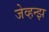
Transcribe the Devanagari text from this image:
जेव्हन्झ